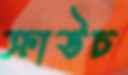
ক্রাউচ